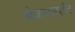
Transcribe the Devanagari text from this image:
चेकरस्पॉट